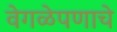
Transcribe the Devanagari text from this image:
वेगळेपणाचे